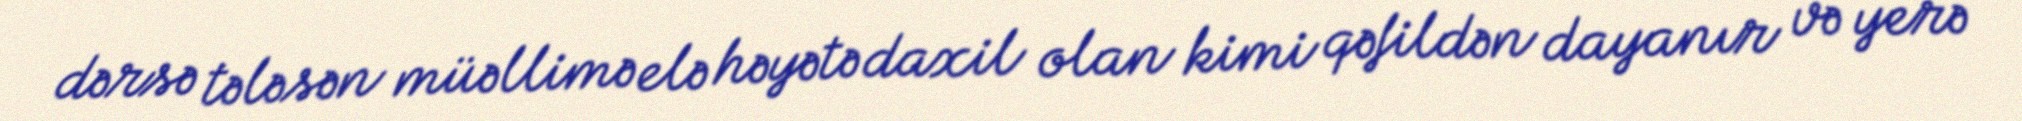
dərsə tələsən müəllimə elə həyətə daxil olan kimi qəfildən dayanır və yerə